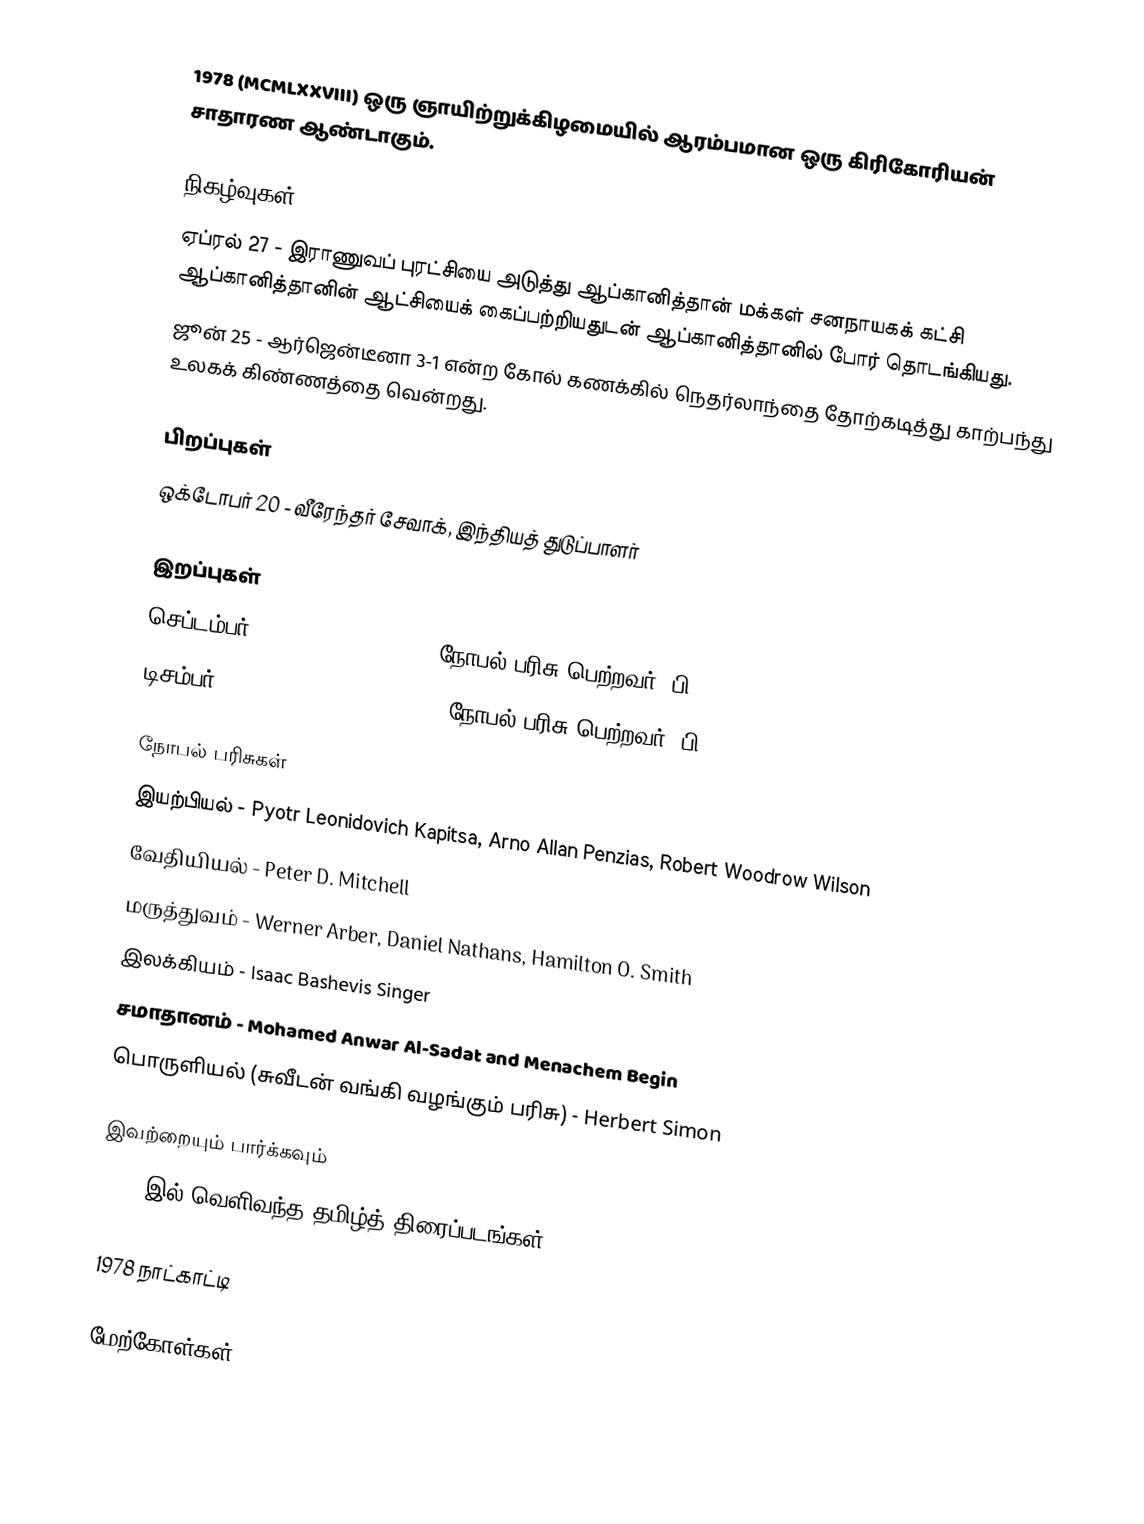
1978  (MCMLXXVIII) ஒரு ஞாயிற்றுக்கிழமையில் ஆரம்பமான ஒரு கிரிகோரியன் சாதாரண ஆண்டாகும்.

நிகழ்வுகள்
 ஏப்ரல் 27 - இராணுவப் புரட்சியை அடுத்து ஆப்கானித்தான் மக்கள் சனநாயகக் கட்சி ஆப்கானித்தானின் ஆட்சியைக் கைப்பற்றியதுடன் ஆப்கானித்தானில் போர் தொடங்கியது.
 ஜூன் 25 - ஆர்ஜென்டீனா 3-1 என்ற கோல் கணக்கில் நெதர்லாந்தை தோற்கடித்து காற்பந்து உலகக் கிண்ணத்தை வென்றது.

பிறப்புகள்
 ஒக்டோபர் 20 - வீரேந்தர் சேவாக், இந்தியத் துடுப்பாளர்

இறப்புகள்
 செப்டம்பர் 26 - Manne Siegbahn, நோபல் பரிசு பெற்றவர் (பி. 1886)
 டிசம்பர் 11 - Vincent du Vigneaud, நோபல் பரிசு பெற்றவர் (பி. 1901)

நோபல் பரிசுகள்
 இயற்பியல் -  Pyotr Leonidovich Kapitsa, Arno Allan Penzias, Robert Woodrow Wilson
 வேதியியல் - Peter D. Mitchell
 மருத்துவம் - Werner Arber, Daniel Nathans, Hamilton O. Smith
 இலக்கியம் - Isaac Bashevis Singer
 சமாதானம் - Mohamed Anwar Al-Sadat and Menachem Begin
 பொருளியல் (சுவீடன் வங்கி வழங்கும் பரிசு) - Herbert Simon

இவற்றையும் பார்க்கவும்
 1978 இல் வெளிவந்த தமிழ்த் திரைப்படங்கள்

1978 நாட்காட்டி

மேற்கோள்கள்